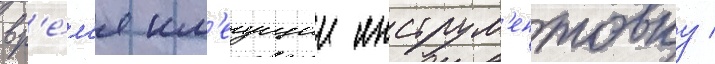
вр'е́м'я им'еущии инструм'ентовку /